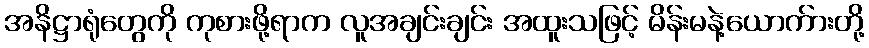
အနိဋ္ဌာရုံတွေကို ကုစားဖို့ရာက လူအချင်းချင်း အထူးသဖြင့် မိန်းမနဲ့ယောက်ားတို့